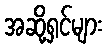
အဆို့ရှင်များ